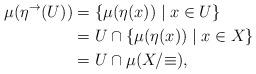
LaTeX: \begin{align*}\mu(\eta^\rightarrow(U)) & = \{\mu(\eta(x)) \mid x \in U\} \\ & = U \cap \{\mu(\eta(x)) \mid x \in X\} \\ & = U \cap \mu(X/{\equiv}),\end{align*}